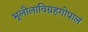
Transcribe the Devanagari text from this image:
भूलीलाविग्रहगोपालं